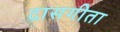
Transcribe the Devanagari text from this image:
दासगीता